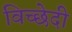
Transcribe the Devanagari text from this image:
विच्छेदी